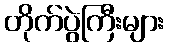
တိုက်ပွဲကြီးများ